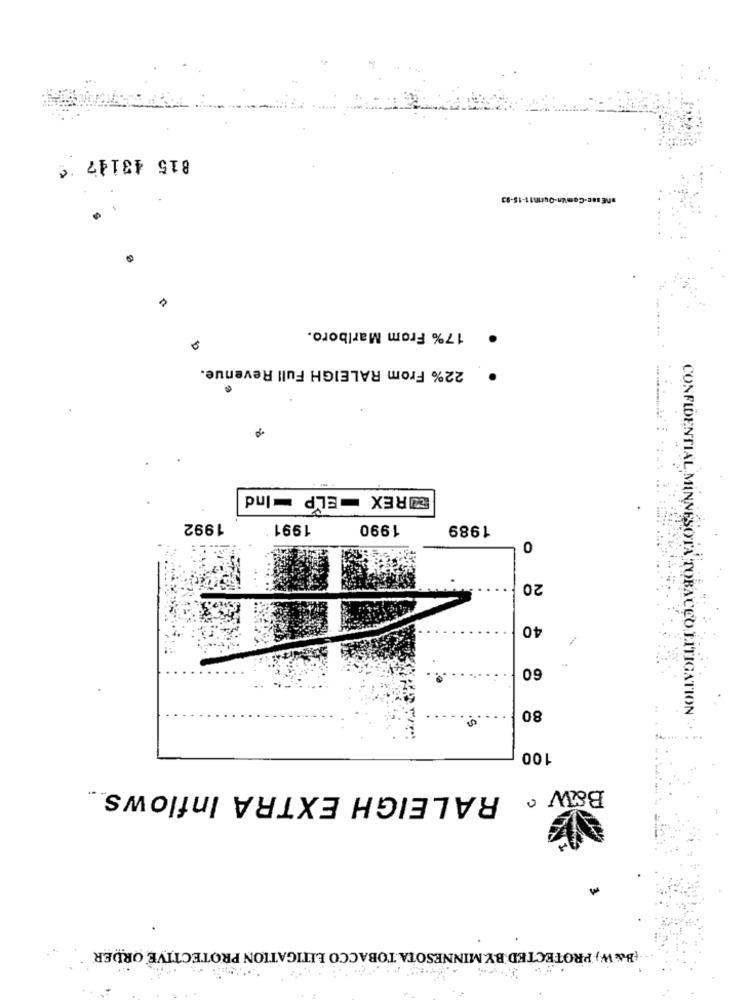
815 43147
.DE sac-ComUn-Outin11-15-93
17% From Marlboro.
22% From RALEIGH Full Revenue.
EUREX =ELP =Ind
1992
1991
1990
1989
0
20
40
60
80
CONFIDENTIAL MINNESOTA TOBACCO LITIGATION
-----
100
RALEIGH EXTRA Inflows.
B&w .
[B& W) PROTECTED BY.MINNESOTA.TOBACCO LITIGATION PROTECTIVE ORDER